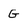
Character: G